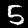
Label: 5